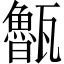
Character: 𭺨